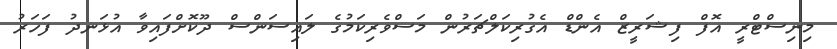
މިނިސްޓްރީ އޮފް ފިޝަރީޒް އެންޑް އެގުރިކަލްޗަރުން މަސްވެރިކަމުގެ ލައިސަންސް ދޫކޮށްފައިވާ އުޅަނދު ފަހަރު